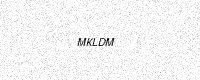
Text: MKLDM